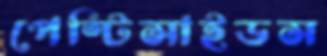
পেস্টিসাইডস